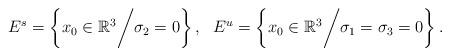
LaTeX: \begin{align*}E^s = \left\lbrace x_0 \in \mathbb{R}^3 \bigg/ \sigma_2 = 0\right\rbrace, ~~ E^u = \left\lbrace x_0 \in \mathbb{R}^3 \bigg/ \sigma_1 = \sigma_3 = 0 \right\rbrace.\end{align*}